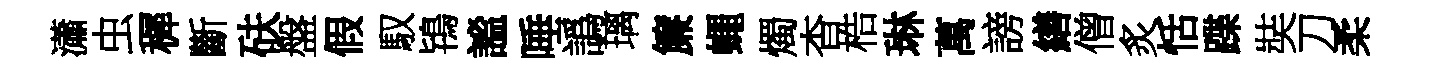
瀟虫穉斷砆盤假馭鴇謐唾譌璃簾蠅燭杳梏琳萬謗繕僧炙恬蹀奘刀柔